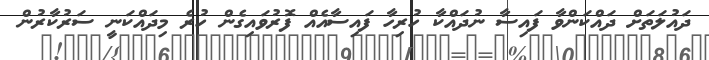
ދައުލަތަށް ދައްކަންވާ ފައިސާ ނުދައްކާ ހުރިހާ ފައިސާއެއް ފޮރުވައިގެން ހުރެ މިދައްކަނީ ސަރުކާރުން